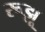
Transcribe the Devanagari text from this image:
रूझू